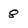
Character: 8